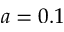
a = 0 . 1